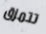
تتمزق